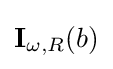
\mathbf {I} _{\omega ,R}(b)